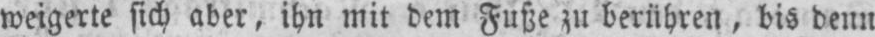
weigerte sich aber, ihn mit dem Fuße zu berühren, bis denn